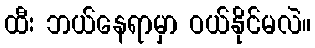
ထီး ဘယ်နေရာမှာ ဝယ်နိုင်မလဲ။